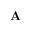
\mathbf { A }